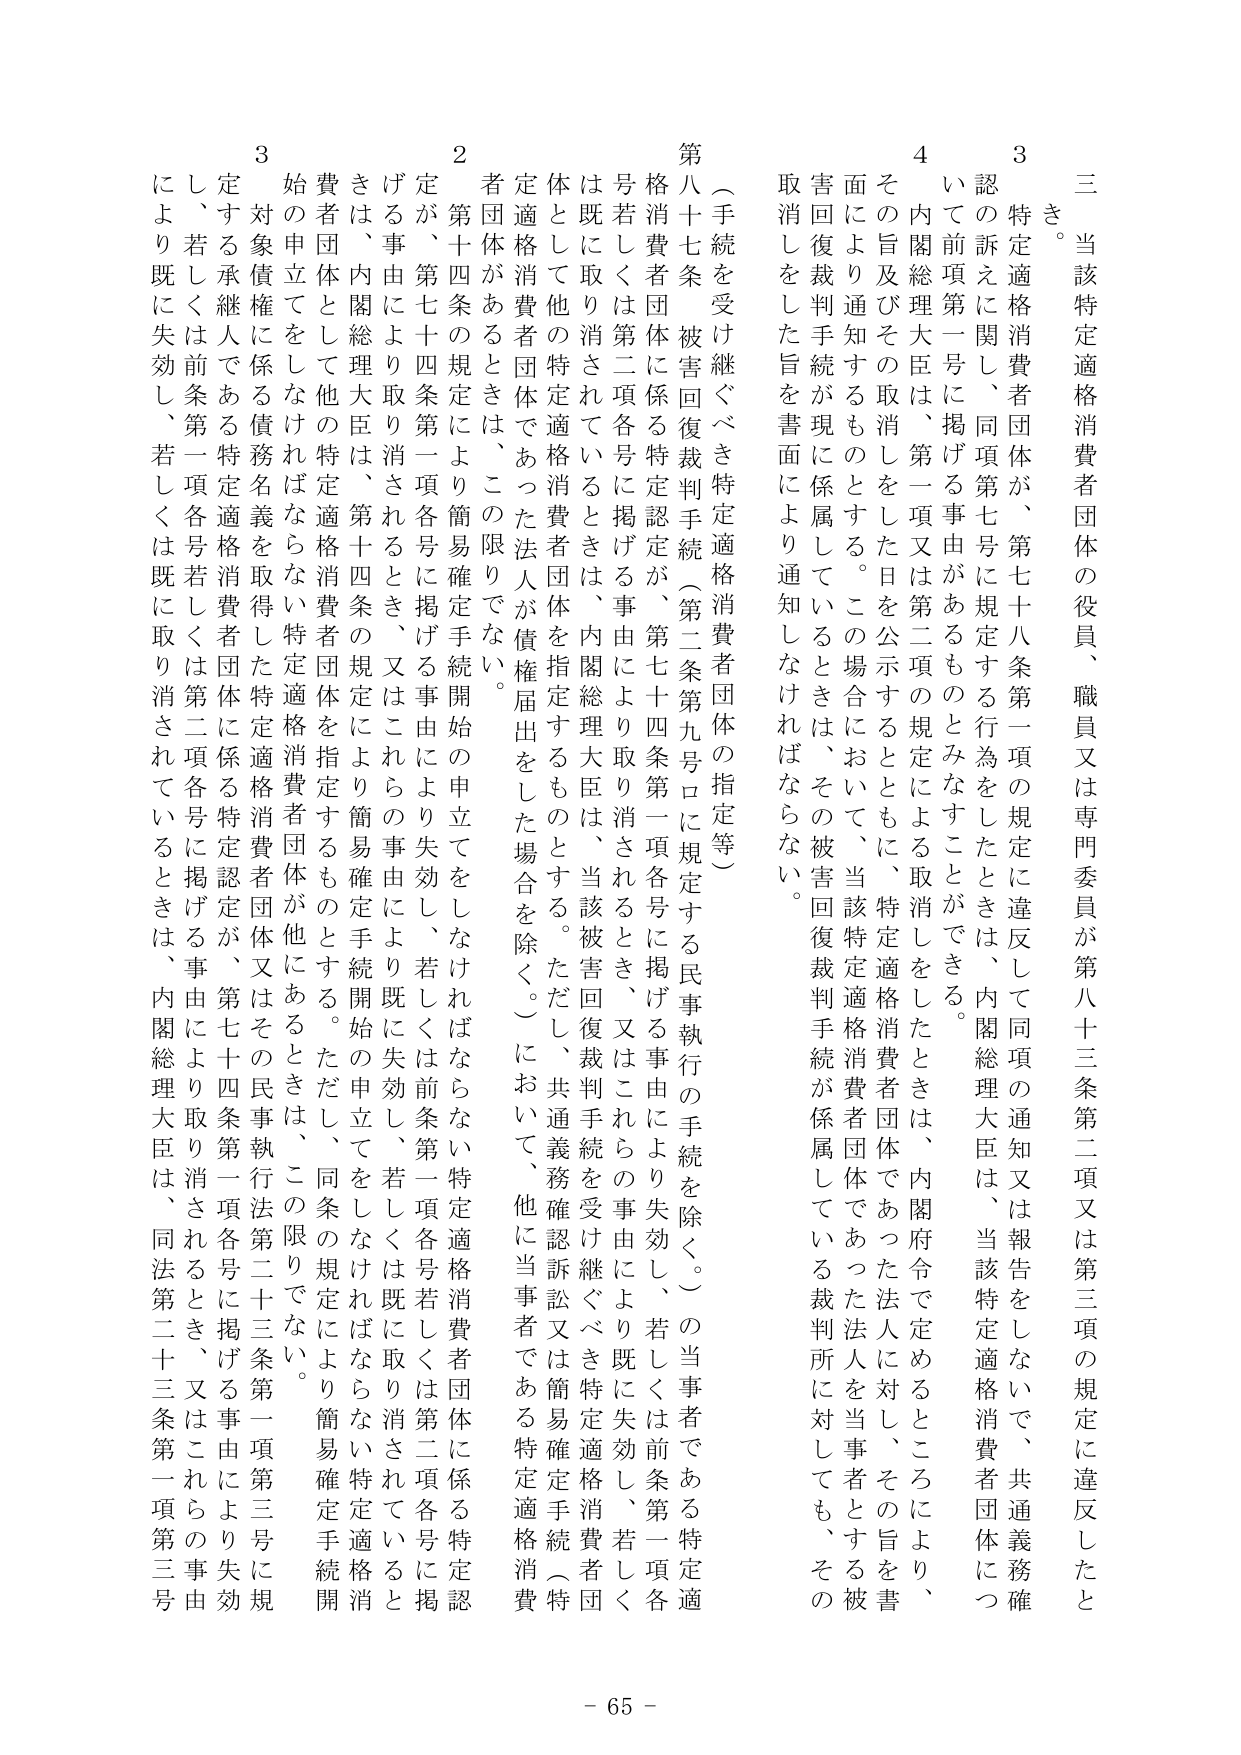
三 当該特定適格消費者団体の役員、職員又は専門委員が第八十三条第二項又は第三項の規定に違反したとき。

３ 特定適格消費者団体が、第七十八条第一項の規定に違反して同項の通知又は報告をしないで、共通義務確認の訴えに関し、同項第七号に規定する行為をしたときは、内閣総理大臣は、当該特定適格消費者団体について前項第一号に掲げる事由があるものとみなすことができる。

４ 内閣総理大臣は、第一項又は第二項の規定による取消しをしたときは、内閣府令で定めるところにより、その旨及びその取消しをした日を公示するとともに、特定適格消費者団体であった法人に対し、その旨を書面により通知するものとする。この場合において、当該特定適格消費者団体であった法人を当事者とする被害回復裁判手続が現に係属しているときは、その被害回復裁判手続が係属している裁判所に対しても、その取消しをした旨を書面により通知しなければならない。

（手続を受け継ぐべき特定適格消費者団体の指定等）

第八十七条 被害回復裁判手続（第二条第九号ロに規定する民事執行の手続を除く。）の当事者である特定適格消費者団体に係る特定認定が、第七十四条第一項各号に掲げる事由により取り消されるとき、又はこれらの事由により失効し、若しくは前条第一項各号若しくは第二項各号に掲げる事由により既に取り消されているときは、内閣総理大臣は、当該被害回復裁判手続を受け継ぐべき特定適格消費者団体として他の特定適格消費者団体を指定するものとする。ただし、共通義務確認訴訟又は簡易確定手続（特定適格消費者団体であった法人が債権届出をした場合を除く。）において、他に当事者である特定適格消費者団体があるときは、この限りでない。

２ 第十四条の規定により簡易確定手続開始の申立てをしなければならない特定適格消費者団体が、第七十四条第一項各号に掲げる事由により失効し、若しくは前条第一項各号若しくは第二項各号に掲げる事由により取り消されるとき、又はこれらの事由により既に失効し、若しくは既に取り消されているときは、内閣総理大臣は、第十四条の規定により簡易確定手続開始の申立てをしなければならない特定適格消費者団体として他の特定適格消費者団体を指定するものとする。ただし、同条の規定により簡易確定手続開始の申立てをしなければならない特定適格消費者団体が他にあるときは、この限りでない。

３ 始の申立てをしなければならない特定適格消費者団体が他にあるときは、この限りでない。

対象債権に係る債務名義を取得した特定適格消費者団体又はその民事執行法第二十三条第一項第三号に規定する承継人である特定適格消費者団体に係る特定認定が、第七十四条第一項各号に掲げる事由により取り消されるとき、又はこれらの事由により既に失効し、若しくは既に取り消されているときは、内閣総理大臣は、同法第二十三条第一項第三号により既に失効し、若しくは既に取り消されているときは、内閣総理大臣は、同法第二十三条第一項第三号

- 65 -